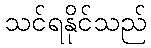
သင်ရနိုင်သည်